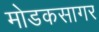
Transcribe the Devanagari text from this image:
मोडकसागर